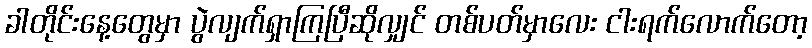
ခါတိုင်းနေ့တွေမှာ ပွဲလျက်ရှာကြပြီဆိုလျှင် တစ်ပတ်မှာလေး ငါးရက်လောက်တော့